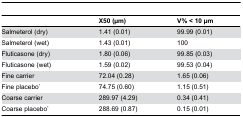
<table><thead><tr><td></td><td><b>X50 (μm)</b></td><td><b>V% &lt; 10 μm</b></td></tr></thead><tbody><tr><td>Salmeterol (dry)</td><td>1.41 (0.01)</td><td>99.99 (0.01)</td></tr><tr><td>Salmeterol (wet)</td><td>1.43 (0.01)</td><td>100</td></tr><tr><td>Fluticasone (dry)</td><td>1.80 (0.06)</td><td>99.85 (0.03)</td></tr><tr><td>Fluticasone (wet)</td><td>1.59 (0.02)</td><td>99.53 (0.04)</td></tr><tr><td>Fine carrier</td><td>72.04 (0.28)</td><td>1.65 (0.06)</td></tr><tr><td>Fine placebo*</td><td>74.75 (0.60)</td><td>1.15 (0.51)</td></tr><tr><td>Coarse carrier</td><td>289.97 (4.29)</td><td>0.34 (0.41)</td></tr><tr><td>Coarse placebo*</td><td>288.69 (0.87)</td><td>0.15 (0.01)</td></tr></tbody></table>